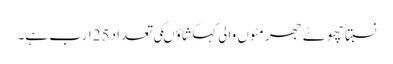
نسبتاً چھوٹے جھرمٹوں والی کہکشاؤںکی تعداد 25ارب ہے۔